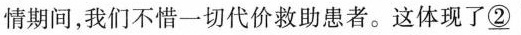
情期间,我们不惜一切代价救助患者。这体现了\underline{②}